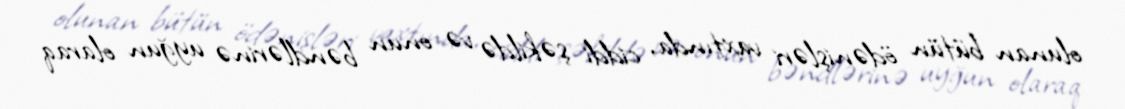
olunan bütün ödənişləri vaxtında, ciddi şəkildə və onun bəndlərinə uyğun olaraq